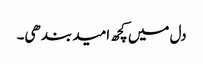
دل میں کچھ امید بندھی۔